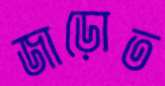
জাড়োত